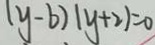
( y - b ) ( y + 2 ) = 0